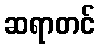
ဆရာတင်